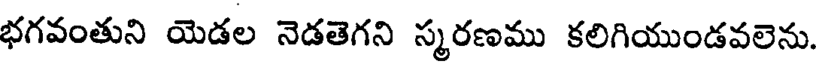
భగవంతుని యెడల నెడతెగని స్మరణము కలిగియుండవలెను